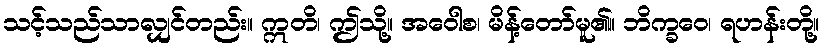
သင့်သည်သာလျှင်တည်း။ ဣတိ၊ ဤသို့။ အဝေါစ၊ မိန့်တော်မူ၏။ ဘိက္ခဝေ၊ ရဟန်းတို့။